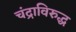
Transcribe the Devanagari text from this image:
चंद्राविरुद्ध